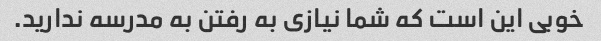
خوبی این است که شما نیازی به رفتن به مدرسه ندارید.